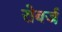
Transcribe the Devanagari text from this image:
रोबर्ज